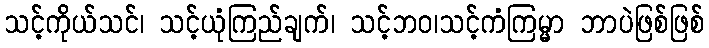
သင့်ကိုယ်သင်၊ သင့်ယုံကြည်ချက်၊ သင့်ဘဝ၊သင့်ကံကြမ္မာ ဘာပဲဖြစ်ဖြစ်